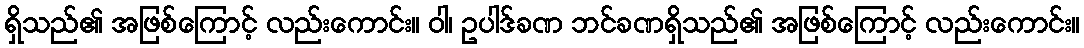
ရှိသည်၏ အဖြစ်ကြောင့် လည်းကောင်း။ ဝါ၊ ဥပါဒ်ခဏ ဘင်ခဏရှိသည်၏ အဖြစ်ကြောင့် လည်းကောင်း။